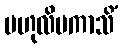
ဗဟုလိမကာသိံ